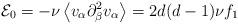
LaTeX: \begin{align*}{\cal E}_{0} = -\nu \left \langle v_{\alpha} \partial_{\beta}^2v_{\alpha} \right \rangle = 2 d(d-1) \nu f_1\end{align*}